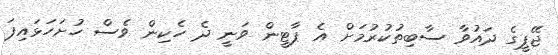
ޖޭޕީގެ ދައުވާ ސާބިތުކުރުމަށް އެ ޕާޓީން ވަނީ ދެ ހެކިން ވެސް ހުށަހަޅައިފަ